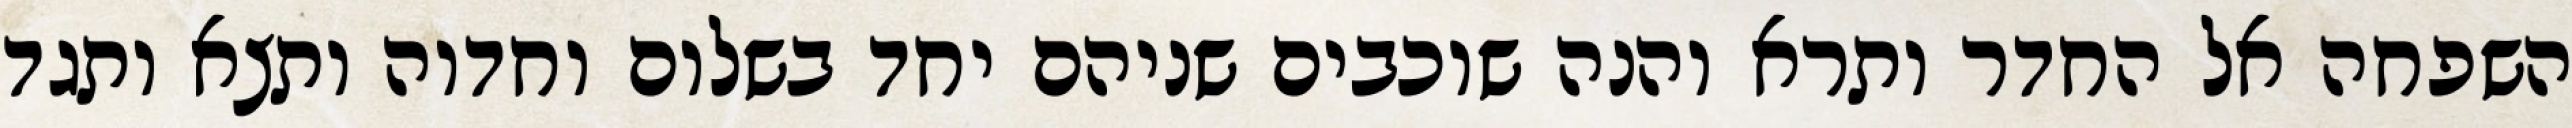
השפחה אל החדר ותרא והנה שוכבים שניהם יחד בשלום וחדוה ותצא ותגד